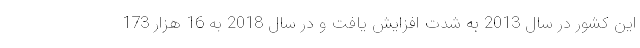
این کشور در سال 2013 به شدت افزایش یافت و در سال 2018 به 16 هزار 173